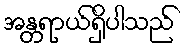
အန္တရာယ်ရှိပါသည်